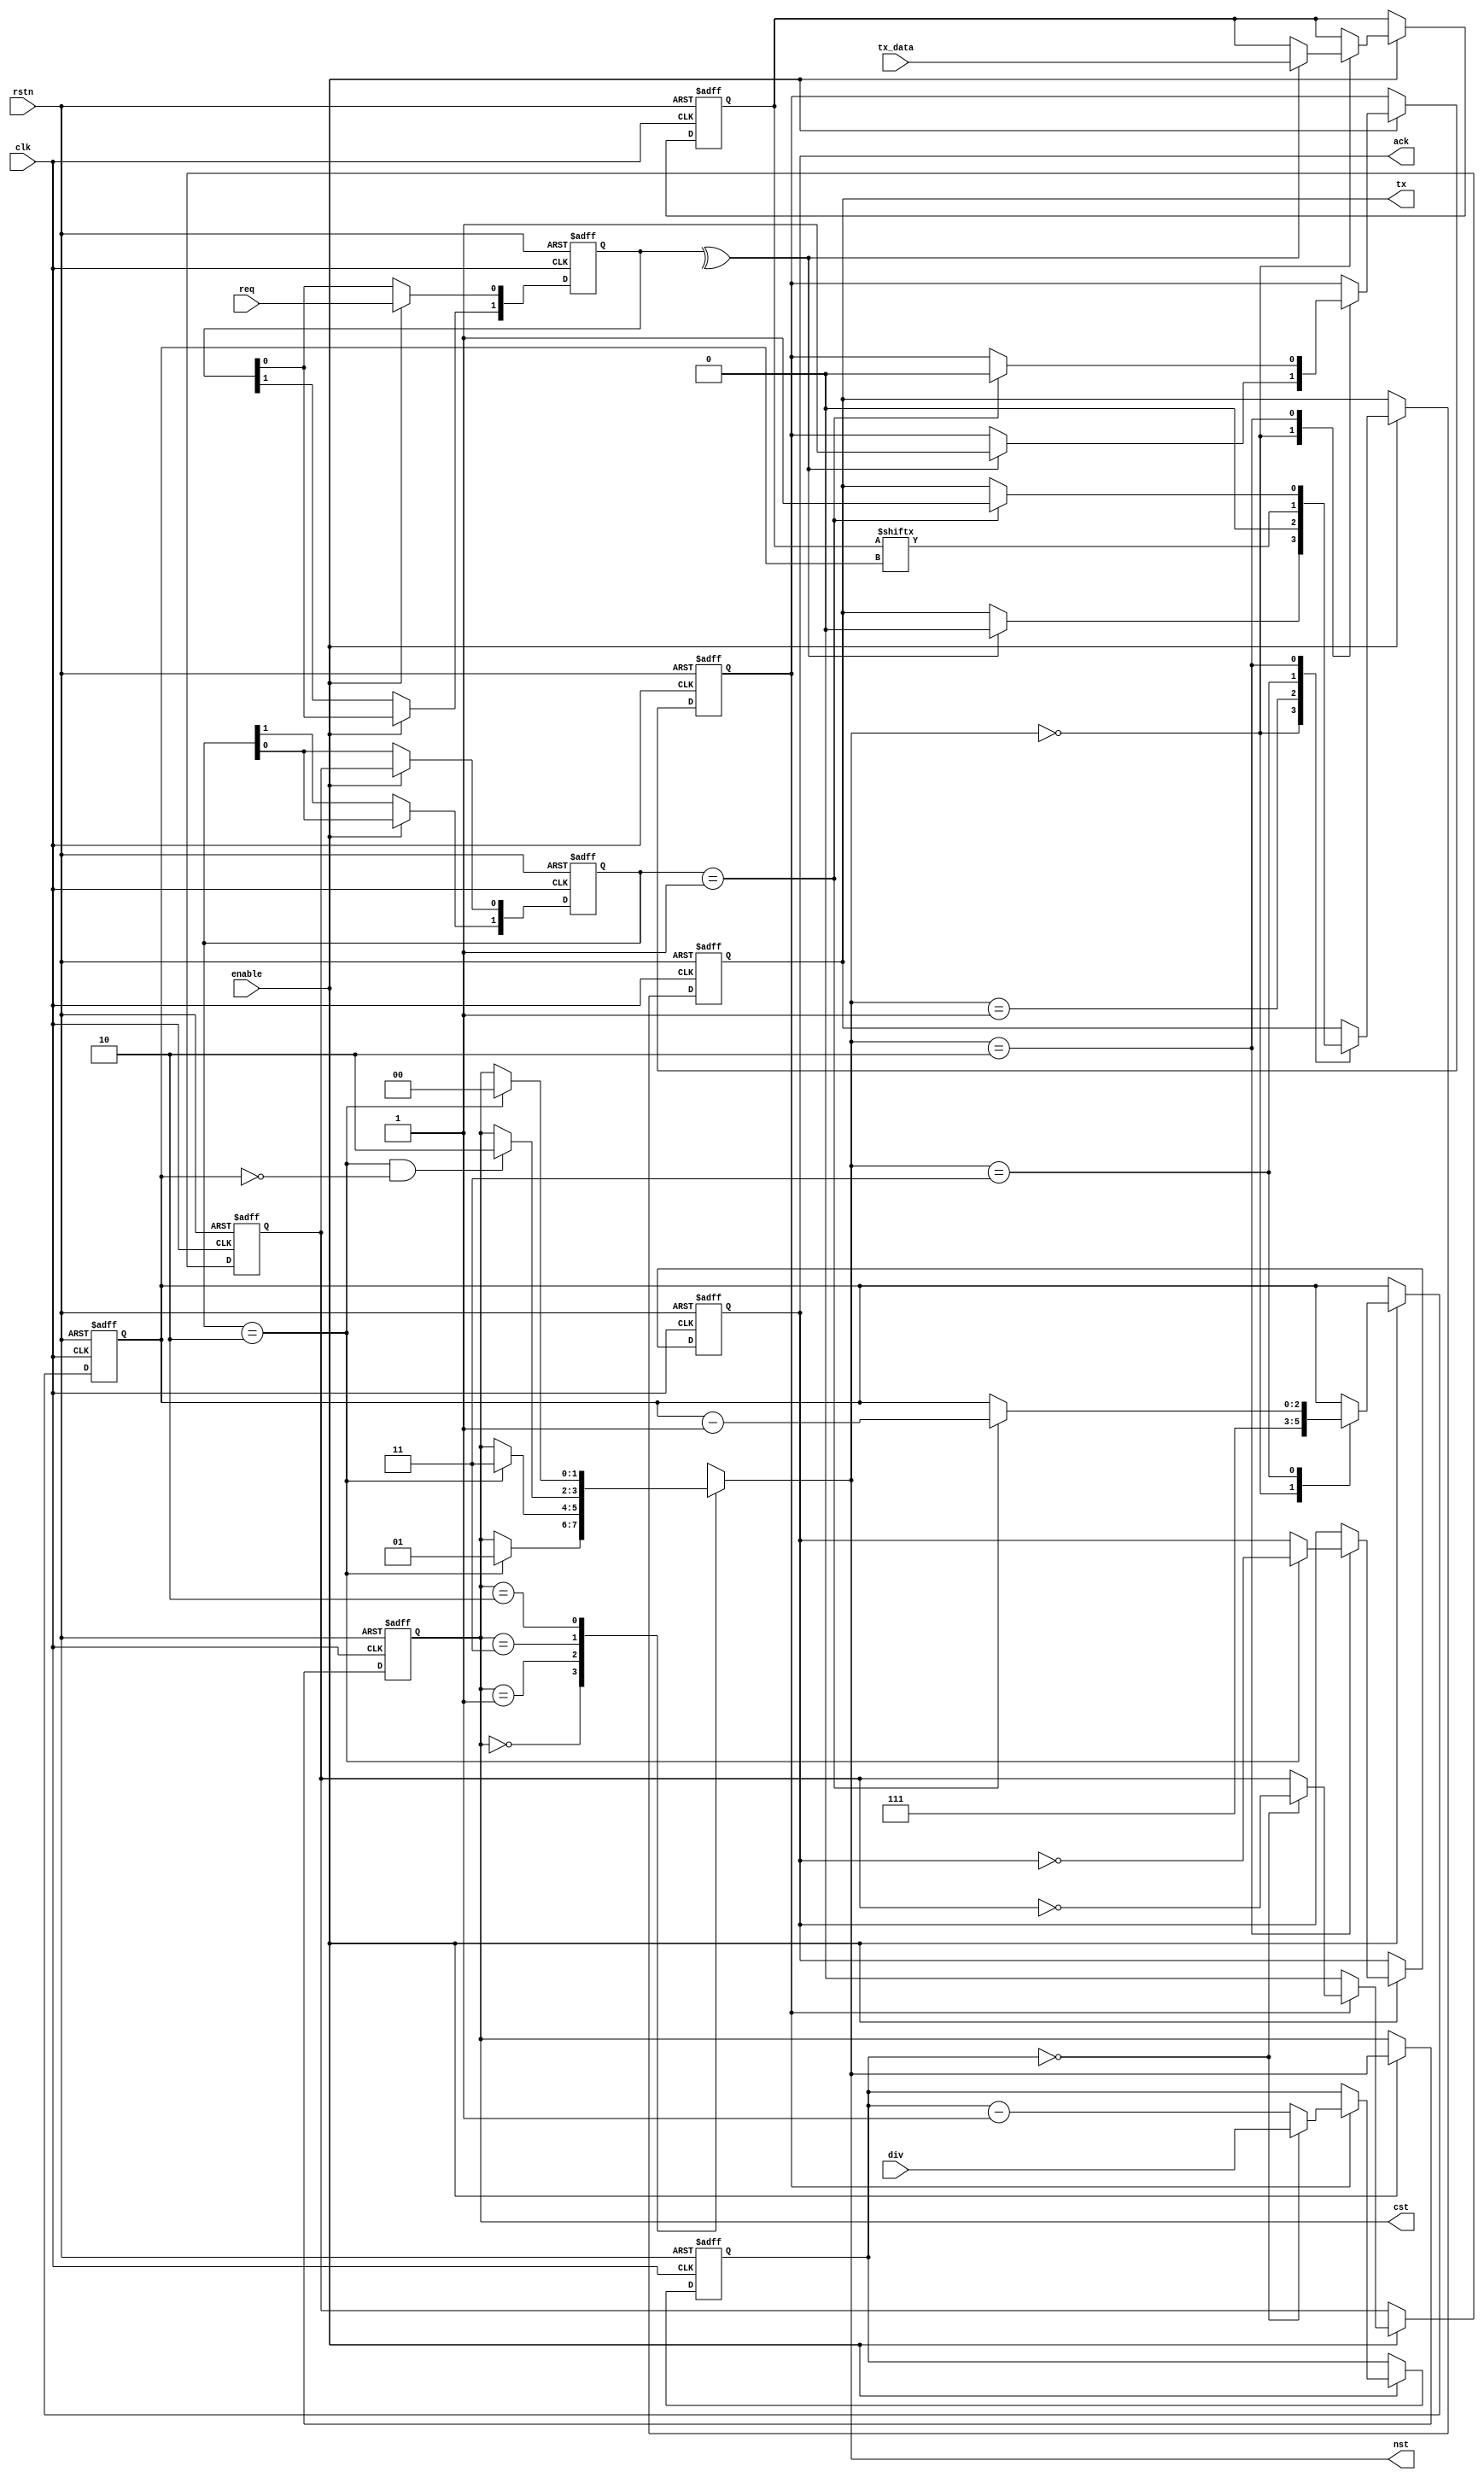
module uart_tx(
	output reg ack, 
	output reg [1:0] cst, nst, 
	input req, 
	output reg tx, 
	input [7:0] tx_data, 
	input [31:0] div, 
	input enable, 
	input rstn, clk 
);

reg enable_uclk;
reg [31:0] cnt;
reg uclk;
always@(negedge rstn or posedge clk) begin
	if(!rstn) begin
		cnt <= 32'd0;
		uclk <= 1'b0;
	end
	else if(enable) begin
		if(enable_uclk) begin
			if(cnt == 32'd0) begin
				cnt <= div;
				uclk <= ~uclk;
			end
			else cnt <= cnt - 32'd1;
		end
		else uclk <= 1'b0;
	end
end

reg [1:0] req_d, uclk_d;
always@(negedge rstn or posedge clk) begin
	if(!rstn) begin
		req_d <= 2'b00;
		uclk_d <= 2'b00;
	end
	else if(enable) begin
		req_d[1] <= req_d[0];
		req_d[0] <= req;
		uclk_d[1] <= uclk_d[0];
		uclk_d[0] <= uclk;
	end
end
wire req_x = ^req_d;
wire uclk_10 = uclk_d == 2'b10;
wire uclk_01 = uclk_d == 2'b01;

reg [2:0] nth;

`ifndef GRAY
	`define GRAY(X) (X^(X>>1))
`endif
localparam [1:0]
	st_end		= `GRAY(3),
	st_tx		= `GRAY(2),
	st_start	= `GRAY(1),
	st_idle		= `GRAY(0);

always@(negedge rstn or posedge clk) begin
	if(!rstn) cst <= st_idle;
	else if(enable) cst <= nst;
end

always@(*) begin
	case(cst)
		st_idle: nst = uclk_10 ? st_start : cst;
		st_start: nst = uclk_10 ? st_tx : cst;
		st_tx: nst = (uclk_10 && (nth == 0)) ? st_end : cst;
		st_end: nst = uclk_10 ? st_idle : cst;
		default: nst = st_idle;
	endcase
end

always@(negedge rstn or posedge clk) begin
	if(!rstn) enable_uclk <= 0;
	else if(enable) begin
		case(nst)
			st_idle: if(req_x) enable_uclk <= 1;
			st_end: if(uclk_01) enable_uclk <= 0;
			default: enable_uclk <= enable_uclk;
		endcase
	end
end

always@(negedge rstn or posedge clk)  begin
	if(!rstn) nth <= 0;
	else if(enable) begin
		case(nst)
			st_idle: nth <= 7;
			st_tx: if(uclk_01) nth <= nth - 1;
			default: nth <= nth;
		endcase
	end
end

reg [7:0] data;
always@(negedge rstn or posedge clk) begin
	if(!rstn) begin
		tx <= 1;
		data <= 0;
	end
	else if(enable) begin
		case(nst)
			st_idle: begin
				if(req_x) begin
					tx <= 0;
					data <= tx_data;
				end
			end
			st_start: tx <= 0;
			st_tx: tx <= data[nth];
			st_end: if(uclk_01) tx <= 1;
			default: begin
				tx <= tx;
				data <= data;
			end
		endcase
	end
end

always@(negedge rstn or posedge clk) begin
	if(!rstn) ack <= 1'b0;
	else if(enable) begin
		case(nst)
			st_end: if(uclk_10) ack <= ~ack;
			default: ack <= ack;
		endcase
	end
end

endmodule


module uart_rx(
	output reg ack, 
	output reg [2:0] cst, nst, 
	input req, 
	input rx, 
	output reg [7:0] rx_data, 
	input [31:0] div, 
	input enable, 
	input rstn, clk 
);

reg enable_uclk;
reg [31:0] cnt;
reg uclk;
always@(negedge rstn or posedge clk) begin
	if(!rstn) begin
		cnt <= 32'd0;
		uclk <= 1'b0;
	end
	else if(enable) begin
		if(enable_uclk) begin
			if(cnt == 32'd0) begin
				cnt <= div;
				uclk <= ~uclk;
			end
			else cnt <= cnt - 32'd1;
		end
		else uclk <= 1'b0;
	end
end

reg [1:0] req_d, uclk_d, rx_d;
always@(negedge rstn or posedge clk) begin
	if(!rstn) begin
		req_d <= 2'b00;
		uclk_d <= 2'b00;
		rx_d <= 2'b00;
	end
	else if(enable) begin
		req_d[1] <= req_d[0];
		req_d[0] <= req;
		uclk_d[1] <= uclk_d[0];
		uclk_d[0] <= uclk;
		rx_d[1] <= rx_d[0];
		rx_d[0] <= rx;
	end
end
wire req_x = ^req_d;
wire uclk_01 = uclk_d == 2'b01;
wire uclk_10 = uclk_d == 2'b10;
wire rx_10 = rx_d == 2'b10;

reg [2:0] nth;

`ifndef GRAY
	`define GRAY(X) (X^(X>>1))
`endif
localparam [2:0]
	st_end		= `GRAY(4),
	st_rx		= `GRAY(3),
	st_start	= `GRAY(2),
	st_clear	= `GRAY(1),
	st_idle		= `GRAY(0);

always@(negedge rstn or posedge clk) begin
	if(!rstn) cst <= st_idle;
	else if(enable) cst <= nst;
end

always@(*) begin
	case(cst)
		st_idle: nst = req_x ? st_clear: cst;
		st_clear: nst = rx_10 ? st_start: cst;
		st_start: nst = uclk_10 ? (rx == 0 ? st_rx : st_idle) : cst;
		st_rx: nst = (uclk_01 && (nth == 0)) ? st_end : cst;
		st_end: nst = uclk_01 ? st_idle : cst;
		default: nst = st_idle;
	endcase
end

always@(negedge rstn or posedge clk) begin
	if(!rstn) enable_uclk <= 0;
	else if(enable) begin
		case(cst)
			st_clear, st_start: if(rx_10) enable_uclk <= 1;
			st_end: if(uclk_01) enable_uclk <= 0;
			default: enable_uclk <= enable_uclk;
		endcase
	end
end

always@(negedge rstn or posedge clk)  begin
	if(!rstn) nth <= 0;
	else if(enable) begin
		case(cst)
			st_clear: nth <= 7;
			st_rx: if(uclk_01) nth <= nth - 1;
			default: nth <= nth;
		endcase
	end
end

reg [7:0] data;
always@(negedge rstn or posedge clk) begin
	if(!rstn) begin
		rx_data <= 0;
		data <= 0;
	end
	else if(enable) begin
		case(cst)
			st_clear: if(uclk_01) data <= 0;
			st_rx: if(uclk_01) data[nth] <= rx;
			st_end: rx_data <= data;
			default: begin
				rx_data <= rx_data;
				data <= data;
			end
		endcase
	end
end

always@(negedge rstn or posedge clk) begin
	if(!rstn) ack <= 1'b0;
	else if(enable) begin
		case(cst)
			st_end: if(uclk_01) ack <= ~ack;
			default: ack <= ack;
		endcase
	end
end

endmodule